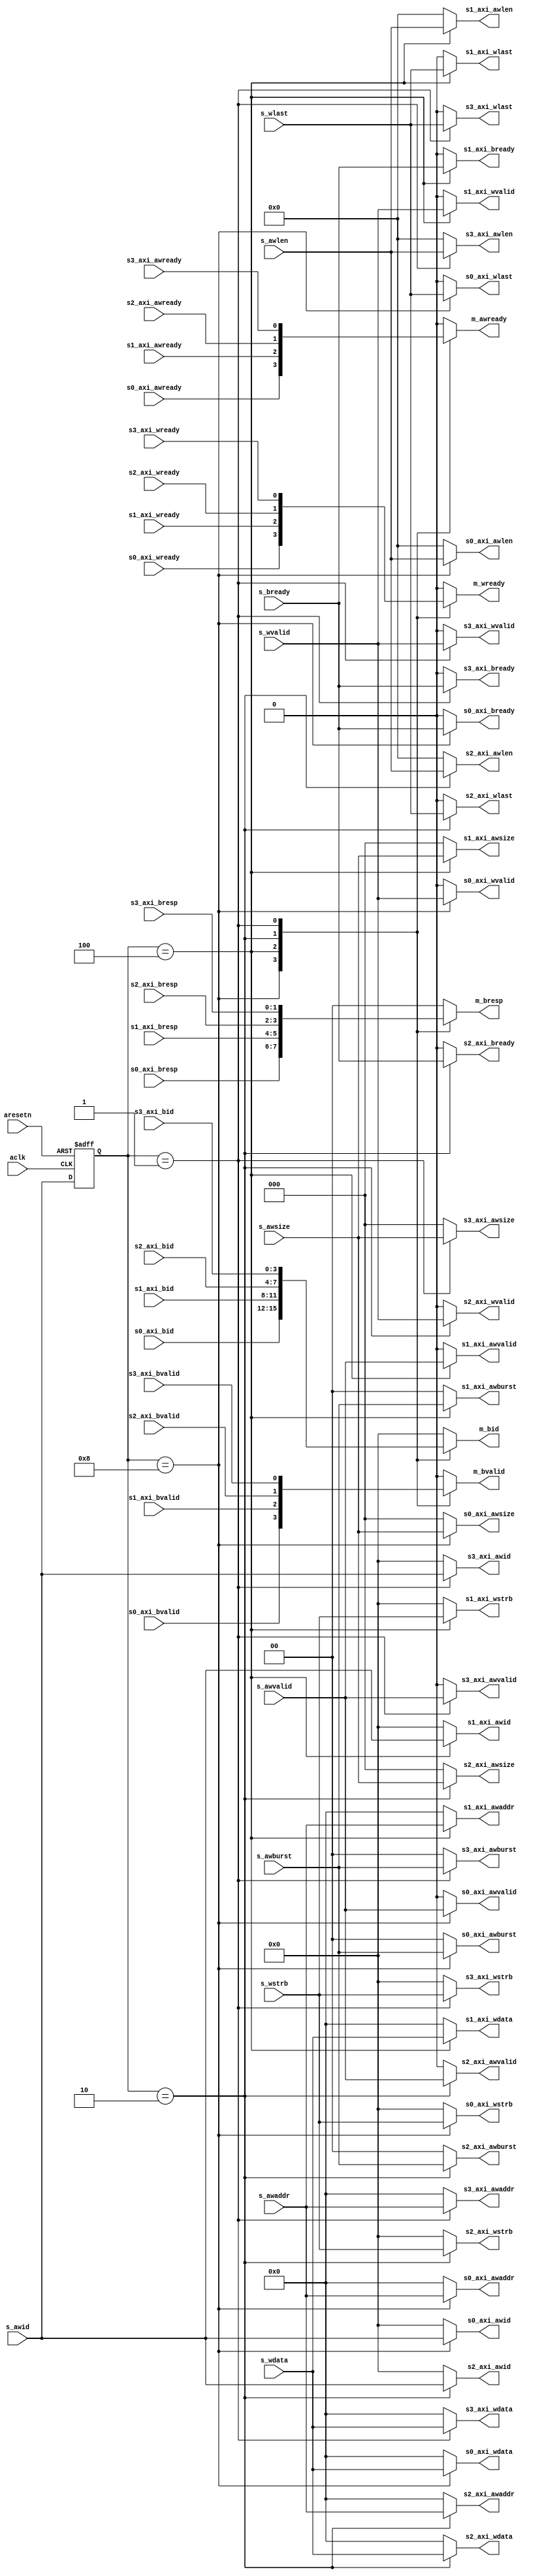
module Slave_Mux_W (
    //----- Global -----//
    input         aclk          ,
    input         aresetn       ,
    //----- Slave 0 -----//
    // Write adress
    output [3:0]  s0_axi_awid   ,
    output [31:0] s0_axi_awaddr ,
    output [7:0]  s0_axi_awlen  ,
    output [2:0]  s0_axi_awsize ,
    output [1:0]  s0_axi_awburst,
    output        s0_axi_awvalid,
    input         s0_axi_awready,
    // Write data
    output [31:0] s0_axi_wdata  ,
    output [3:0]  s0_axi_wstrb  ,
    output        s0_axi_wlast  ,
    output        s0_axi_wvalid ,
    input         s0_axi_wready ,
    // Write response
    input  [3:0]  s0_axi_bid    ,
    input  [1:0]  s0_axi_bresp  ,
    input         s0_axi_bvalid ,
    output        s0_axi_bready ,
    //----- Slave 1 -----//
    // Write adress
    output [3:0]  s1_axi_awid   ,
    output [31:0] s1_axi_awaddr ,
    output [7:0]  s1_axi_awlen  ,
    output [2:0]  s1_axi_awsize ,
    output [1:0]  s1_axi_awburst,
    output        s1_axi_awvalid,
    input         s1_axi_awready,
    // Write data
    output [31:0] s1_axi_wdata  ,
    output [3:0]  s1_axi_wstrb  ,
    output        s1_axi_wlast  ,
    output        s1_axi_wvalid ,
    input         s1_axi_wready ,
    // Write response
    input  [3:0]  s1_axi_bid    ,
    input  [1:0]  s1_axi_bresp  ,
    input         s1_axi_bvalid ,
    output        s1_axi_bready ,
    //----- Slave 2 -----//
    // Write adress
    output [3:0]  s2_axi_awid   ,
    output [31:0] s2_axi_awaddr ,
    output [7:0]  s2_axi_awlen  ,
    output [2:0]  s2_axi_awsize ,
    output [1:0]  s2_axi_awburst,
    output        s2_axi_awvalid,
    input         s2_axi_awready,
    // Write data
    output [31:0] s2_axi_wdata  ,
    output [3:0]  s2_axi_wstrb  ,
    output        s2_axi_wlast  ,
    output        s2_axi_wvalid ,
    input         s2_axi_wready ,
    // Write response
    input  [3:0]  s2_axi_bid    ,
    input  [1:0]  s2_axi_bresp  ,
    input         s2_axi_bvalid ,
    output        s2_axi_bready ,
    //----- Slave 3 -----//
    // Write adress
    output [3:0]  s3_axi_awid   ,
    output [31:0] s3_axi_awaddr ,
    output [7:0]  s3_axi_awlen  ,
    output [2:0]  s3_axi_awsize ,
    output [1:0]  s3_axi_awburst,
    output        s3_axi_awvalid,
    input         s3_axi_awready,
    // Write data
    output [31:0] s3_axi_wdata  ,
    output [3:0]  s3_axi_wstrb  ,
    output        s3_axi_wlast  ,
    output        s3_axi_wvalid ,
    input         s3_axi_wready ,
    // Write response
    input  [3:0]  s3_axi_bid    ,
    input  [1:0]  s3_axi_bresp  ,
    input         s3_axi_bvalid ,
    output        s3_axi_bready ,
    //----- Master general -----//
    // Write adress
    output        m_awready     ,
    // Write data
    output        m_wready      ,
    // Write response
    output [3:0]  m_bid         ,
    output [1:0]  m_bresp       ,
    output        m_bvalid      ,
    //----- Slave general -----//
    // Write adress
    input  [3:0]  s_awid        ,
    input  [31:0] s_awaddr      ,
    input  [7:0]  s_awlen       ,
    input  [2:0]  s_awsize      ,
    input  [1:0]  s_awburst     ,
    input         s_awvalid     ,
    // Write data
    input  [31:0] s_wdata       ,
    input  [3:0]  s_wstrb       ,
    input         s_wlast       ,
    input         s_wvalid      ,
    // Write response
    input         s_bready      
);
//----- ID register -----//
reg [3:0] s_awid_r;
always @(posedge aclk or negedge aresetn) begin
    if (!aresetn)
        s_awid_r = 4'b0000;
    else
        s_awid_r = s_awid;
end
//----- Other signals -----//
reg       m_awready_r;
reg       m_wready_r ;
reg [3:0] m_bid_r    ;
reg [1:0] m_bresp_r  ;
reg       m_bvalid_r ;
always @(*) begin
    case (s_awid_r)
        4'b1000 : begin
            m_awready_r = s0_axi_awready;
            m_wready_r  = s0_axi_wready ;
            m_bid_r     = s0_axi_bid    ;
            m_bresp_r   = s0_axi_bresp  ;
            m_bvalid_r  = s0_axi_bvalid ;
        end
        4'b0100 : begin
            m_awready_r = s1_axi_awready;
            m_wready_r  = s1_axi_wready ;
            m_bid_r     = s1_axi_bid    ;
            m_bresp_r   = s1_axi_bresp  ;
            m_bvalid_r  = s1_axi_bvalid ;
        end
        4'b0010 : begin
            m_awready_r = s2_axi_awready;
            m_wready_r  = s2_axi_wready ;
            m_bid_r     = s2_axi_bid    ;
            m_bresp_r   = s2_axi_bresp  ;
            m_bvalid_r  = s2_axi_bvalid ;
        end
        4'b0001 : begin
            m_awready_r = s3_axi_awready;
            m_wready_r  = s3_axi_wready ;
            m_bid_r     = s3_axi_bid    ;
            m_bresp_r   = s3_axi_bresp  ;
            m_bvalid_r  = s3_axi_bvalid ;
        end
        default : begin
            m_awready_r = 1'b0;
            m_wready_r  = 1'b0;
            m_bid_r     = 4'd0;
            m_bresp_r   = 2'd0;
            m_bvalid_r  = 1'b0;
        end
    endcase
end
assign m_awready = m_awready_r;
assign m_wready  = m_wready_r ;
assign m_bid     = m_bid_r    ;
assign m_bresp   = m_bresp_r  ;
assign m_bvalid  = m_bvalid_r ;
//----- AWID -----//
reg [3:0] s0_axi_awid_r;
reg [3:0] s1_axi_awid_r;
reg [3:0] s2_axi_awid_r;
reg [3:0] s3_axi_awid_r;
always @(*) begin
    case (s_awid_r)
        4'b1000 : begin
            s0_axi_awid_r = s_awid;
            s1_axi_awid_r = 4'd0;
            s2_axi_awid_r = 4'd0;
            s3_axi_awid_r = 4'd0;
        end
        4'b0100 : begin
            s0_axi_awid_r = 4'd0;
            s1_axi_awid_r = s_awid;
            s2_axi_awid_r = 4'd0;
            s3_axi_awid_r = 4'd0;
        end
        4'b0010 : begin
            s0_axi_awid_r = 4'd0;
            s1_axi_awid_r = 4'd0;
            s2_axi_awid_r = s_awid;
            s3_axi_awid_r = 4'd0;
        end
        4'b0001 : begin
            s0_axi_awid_r = 4'd0;
            s1_axi_awid_r = 4'd0;
            s2_axi_awid_r = 4'd0;
            s3_axi_awid_r = s_awid;
        end
        default : begin
            s0_axi_awid_r = 4'd0;
            s1_axi_awid_r = 4'd0;
            s2_axi_awid_r = 4'd0;
            s3_axi_awid_r = 4'd0;
        end
    endcase
end
assign s0_axi_awid = s0_axi_awid_r;
assign s1_axi_awid = s1_axi_awid_r;
assign s2_axi_awid = s2_axi_awid_r;
assign s3_axi_awid = s3_axi_awid_r;
//----- AWADDR -----//
reg [31:0] s0_axi_awaddr_r;
reg [31:0] s1_axi_awaddr_r;
reg [31:0] s2_axi_awaddr_r;
reg [31:0] s3_axi_awaddr_r;
always @(*) begin
    case (s_awid_r)
        4'b1000 : begin
            s0_axi_awaddr_r = s_awaddr;
            s1_axi_awaddr_r = 32'd0;
            s2_axi_awaddr_r = 32'd0;
            s3_axi_awaddr_r = 32'd0;
        end
        4'b0100 : begin
            s0_axi_awaddr_r = 32'd0;
            s1_axi_awaddr_r = s_awaddr;
            s2_axi_awaddr_r = 32'd0;
            s3_axi_awaddr_r = 32'd0;
        end
        4'b0010 : begin
            s0_axi_awaddr_r = 32'd0;
            s1_axi_awaddr_r = 32'd0;
            s2_axi_awaddr_r = s_awaddr;
            s3_axi_awaddr_r = 32'd0;
        end
        4'b0001 : begin
            s0_axi_awaddr_r = 32'd0;
            s1_axi_awaddr_r = 32'd0;
            s2_axi_awaddr_r = 32'd0;
            s3_axi_awaddr_r = s_awaddr;
        end
        default : begin
            s0_axi_awaddr_r = 32'd0;
            s1_axi_awaddr_r = 32'd0;
            s2_axi_awaddr_r = 32'd0;
            s3_axi_awaddr_r = 32'd0;
        end
    endcase
end
assign s0_axi_awaddr = s0_axi_awaddr_r;
assign s1_axi_awaddr = s1_axi_awaddr_r;
assign s2_axi_awaddr = s2_axi_awaddr_r;
assign s3_axi_awaddr = s3_axi_awaddr_r;
//----- AWLEN -----//
reg [7:0] s0_axi_awlen_r;
reg [7:0] s1_axi_awlen_r;
reg [7:0] s2_axi_awlen_r;
reg [7:0] s3_axi_awlen_r;
always @(*) begin
    case (s_awid_r)
        4'b1000 : begin
            s0_axi_awlen_r = s_awlen;
            s1_axi_awlen_r = 8'd0;
            s2_axi_awlen_r = 8'd0;
            s3_axi_awlen_r = 8'd0;
        end
        4'b0100 : begin
            s0_axi_awlen_r = 8'd0;
            s1_axi_awlen_r = s_awlen;
            s2_axi_awlen_r = 8'd0;
            s3_axi_awlen_r = 8'd0;
        end
        4'b0010 : begin
            s0_axi_awlen_r = 8'd0;
            s1_axi_awlen_r = 8'd0;
            s2_axi_awlen_r = s_awlen;
            s3_axi_awlen_r = 8'd0;
        end
        4'b0001 : begin
            s0_axi_awlen_r = 8'd0;
            s1_axi_awlen_r = 8'd0;
            s2_axi_awlen_r = 8'd0;
            s3_axi_awlen_r = s_awlen;
        end
        default : begin
            s0_axi_awlen_r = 8'd0;
            s1_axi_awlen_r = 8'd0;
            s2_axi_awlen_r = 8'd0;
            s3_axi_awlen_r = 8'd0;
        end
    endcase
end
assign s0_axi_awlen = s0_axi_awlen_r;
assign s1_axi_awlen = s1_axi_awlen_r;
assign s2_axi_awlen = s2_axi_awlen_r;
assign s3_axi_awlen = s3_axi_awlen_r;
//----- AWSIZE -----//
reg [2:0] s0_axi_awsize_r;
reg [2:0] s1_axi_awsize_r;
reg [2:0] s2_axi_awsize_r;
reg [2:0] s3_axi_awsize_r;
always @(*) begin
    case (s_awid_r)
        4'b1000 : begin
            s0_axi_awsize_r = s_awsize;
            s1_axi_awsize_r = 3'd0;
            s2_axi_awsize_r = 3'd0;
            s3_axi_awsize_r = 3'd0;
        end
        4'b0100 : begin
            s0_axi_awsize_r = 3'd0;
            s1_axi_awsize_r = s_awsize;
            s2_axi_awsize_r = 3'd0;
            s3_axi_awsize_r = 3'd0;
        end
        4'b0010 : begin
            s0_axi_awsize_r = 3'd0;
            s1_axi_awsize_r = 3'd0;
            s2_axi_awsize_r = s_awsize;
            s3_axi_awsize_r = 3'd0;
        end
        4'b0001 : begin
            s0_axi_awsize_r = 3'd0;
            s1_axi_awsize_r = 3'd0;
            s2_axi_awsize_r = 3'd0;
            s3_axi_awsize_r = s_awsize;
        end
        default : begin
            s0_axi_awsize_r = 3'd0;
            s1_axi_awsize_r = 3'd0;
            s2_axi_awsize_r = 3'd0;
            s3_axi_awsize_r = 3'd0;
        end
    endcase
end
assign s0_axi_awsize = s0_axi_awsize_r;
assign s1_axi_awsize = s1_axi_awsize_r;
assign s2_axi_awsize = s2_axi_awsize_r;
assign s3_axi_awsize = s3_axi_awsize_r;
//----- AWBURST -----//
reg [1:0] s0_axi_awburst_r;
reg [1:0] s1_axi_awburst_r;
reg [1:0] s2_axi_awburst_r;
reg [1:0] s3_axi_awburst_r;
always @(*) begin
    case (s_awid_r)
        4'b1000 : begin
            s0_axi_awburst_r = s_awburst;
            s1_axi_awburst_r = 2'd0;
            s2_axi_awburst_r = 2'd0;
            s3_axi_awburst_r = 2'd0;
        end
        4'b0100 : begin
            s0_axi_awburst_r = 2'd0;
            s1_axi_awburst_r = s_awburst;
            s2_axi_awburst_r = 2'd0;
            s3_axi_awburst_r = 2'd0;
        end
        4'b0010 : begin
            s0_axi_awburst_r = 2'd0;
            s1_axi_awburst_r = 2'd0;
            s2_axi_awburst_r = s_awburst;
            s3_axi_awburst_r = 2'd0;
        end
        4'b0001 : begin
            s0_axi_awburst_r = 2'd0;
            s1_axi_awburst_r = 2'd0;
            s2_axi_awburst_r = 2'd0;
            s3_axi_awburst_r = s_awburst;
        end
        default : begin
            s0_axi_awburst_r = 2'd0;
            s1_axi_awburst_r = 2'd0;
            s2_axi_awburst_r = 2'd0;
            s3_axi_awburst_r = 2'd0;
        end
    endcase
end
assign s0_axi_awburst = s0_axi_awburst_r;
assign s1_axi_awburst = s1_axi_awburst_r;
assign s2_axi_awburst = s2_axi_awburst_r;
assign s3_axi_awburst = s3_axi_awburst_r;
//----- AWVALID -----//
reg s0_axi_awvalid_r;
reg s1_axi_awvalid_r;
reg s2_axi_awvalid_r;
reg s3_axi_awvalid_r;
always @(*) begin
    case (s_awid_r)
        4'b1000 : begin
            s0_axi_awvalid_r = s_awvalid;
            s1_axi_awvalid_r = 1'b0;
            s2_axi_awvalid_r = 1'b0;
            s3_axi_awvalid_r = 1'b0;
        end
        4'b0100 : begin
            s0_axi_awvalid_r = 1'b0;
            s1_axi_awvalid_r = s_awvalid;
            s2_axi_awvalid_r = 1'b0;
            s3_axi_awvalid_r = 1'b0;
        end
        4'b0010 : begin
            s0_axi_awvalid_r = 1'b0;
            s1_axi_awvalid_r = 1'b0;
            s2_axi_awvalid_r = s_awvalid;
            s3_axi_awvalid_r = 1'b0;
        end
        4'b0001 : begin
            s0_axi_awvalid_r = 1'b0;
            s1_axi_awvalid_r = 1'b0;
            s2_axi_awvalid_r = 1'b0;
            s3_axi_awvalid_r = s_awvalid;
        end
        default : begin
            s0_axi_awvalid_r = 1'b0;
            s1_axi_awvalid_r = 1'b0;
            s2_axi_awvalid_r = 1'b0;
            s3_axi_awvalid_r = 1'b0;
        end
    endcase
end
assign s0_axi_awvalid = s0_axi_awvalid_r;
assign s1_axi_awvalid = s1_axi_awvalid_r;
assign s2_axi_awvalid = s2_axi_awvalid_r;
assign s3_axi_awvalid = s3_axi_awvalid_r;
//----- WDATA -----//
reg [31:0] s0_axi_wdata_r;
reg [31:0] s1_axi_wdata_r;
reg [31:0] s2_axi_wdata_r;
reg [31:0] s3_axi_wdata_r;
always @(*) begin
    case (s_awid_r)
        4'b1000 : begin
            s0_axi_wdata_r = s_wdata;
            s1_axi_wdata_r = 32'd0;
            s2_axi_wdata_r = 32'd0;
            s3_axi_wdata_r = 32'd0;
        end
        4'b0100 : begin
            s0_axi_wdata_r = 32'd0;
            s1_axi_wdata_r = s_wdata;
            s2_axi_wdata_r = 32'd0;
            s3_axi_wdata_r = 32'd0;
        end
        4'b0010 : begin
            s0_axi_wdata_r = 32'd0;
            s1_axi_wdata_r = 32'd0;
            s2_axi_wdata_r = s_wdata;
            s3_axi_wdata_r = 32'd0;
        end
        4'b0001 : begin
            s0_axi_wdata_r = 32'd0;
            s1_axi_wdata_r = 32'd0;
            s2_axi_wdata_r = 32'd0;
            s3_axi_wdata_r = s_wdata;
        end
        default : begin
            s0_axi_wdata_r = 32'd0;
            s1_axi_wdata_r = 32'd0;
            s2_axi_wdata_r = 32'd0;
            s3_axi_wdata_r = 32'd0;
        end
    endcase
end
assign s0_axi_wdata = s0_axi_wdata_r;
assign s1_axi_wdata = s1_axi_wdata_r;
assign s2_axi_wdata = s2_axi_wdata_r;
assign s3_axi_wdata = s3_axi_wdata_r;
//----- WSTRB -----//
reg [3:0] s0_axi_wstrb_r;
reg [3:0] s1_axi_wstrb_r;
reg [3:0] s2_axi_wstrb_r;
reg [3:0] s3_axi_wstrb_r;
always @(*) begin
    case (s_awid_r)
        4'b1000 : begin
            s0_axi_wstrb_r = s_wstrb;
            s1_axi_wstrb_r = 4'd0;
            s2_axi_wstrb_r = 4'd0;
            s3_axi_wstrb_r = 4'd0;
        end
        4'b0100 : begin
            s0_axi_wstrb_r = 4'd0;
            s1_axi_wstrb_r = s_wstrb;
            s2_axi_wstrb_r = 4'd0;
            s3_axi_wstrb_r = 4'd0;
        end
        4'b0010 : begin
            s0_axi_wstrb_r = 4'd0;
            s1_axi_wstrb_r = 4'd0;
            s2_axi_wstrb_r = s_wstrb;
            s3_axi_wstrb_r = 4'd0;
        end
        4'b0001 : begin
            s0_axi_wstrb_r = 4'd0;
            s1_axi_wstrb_r = 4'd0;
            s2_axi_wstrb_r = 4'd0;
            s3_axi_wstrb_r = s_wstrb;
        end
        default : begin
            s0_axi_wstrb_r = 4'd0;
            s1_axi_wstrb_r = 4'd0;
            s2_axi_wstrb_r = 4'd0;
            s3_axi_wstrb_r = 4'd0;
        end
    endcase
end
assign s0_axi_wstrb = s0_axi_wstrb_r;
assign s1_axi_wstrb = s1_axi_wstrb_r;
assign s2_axi_wstrb = s2_axi_wstrb_r;
assign s3_axi_wstrb = s3_axi_wstrb_r;
//----- WLAST -----//
reg s0_axi_wlast_r;
reg s1_axi_wlast_r;
reg s2_axi_wlast_r;
reg s3_axi_wlast_r;
always @(*) begin
    case (s_awid_r)
        4'b1000 : begin
            s0_axi_wlast_r = s_wlast;
            s1_axi_wlast_r = 1'b0;
            s2_axi_wlast_r = 1'b0;
            s3_axi_wlast_r = 1'b0;
        end
        4'b0100 : begin
            s0_axi_wlast_r = 1'b0;
            s1_axi_wlast_r = s_wlast;
            s2_axi_wlast_r = 1'b0;
            s3_axi_wlast_r = 1'b0;
        end
        4'b0010 : begin
            s0_axi_wlast_r = 1'b0;
            s1_axi_wlast_r = 1'b0;
            s2_axi_wlast_r = s_wlast;
            s3_axi_wlast_r = 1'b0;
        end
        4'b0001 : begin
            s0_axi_wlast_r = 1'b0;
            s1_axi_wlast_r = 1'b0;
            s2_axi_wlast_r = 1'b0;
            s3_axi_wlast_r = s_wlast;
        end
        default : begin
            s0_axi_wlast_r = 1'b0;
            s1_axi_wlast_r = 1'b0;
            s2_axi_wlast_r = 1'b0;
            s3_axi_wlast_r = 1'b0;
        end
    endcase
end
assign s0_axi_wlast = s0_axi_wlast_r;
assign s1_axi_wlast = s1_axi_wlast_r;
assign s2_axi_wlast = s2_axi_wlast_r;
assign s3_axi_wlast = s3_axi_wlast_r;
//----- WVALID -----//
reg s0_axi_wvalid_r;
reg s1_axi_wvalid_r;
reg s2_axi_wvalid_r;
reg s3_axi_wvalid_r;
always @(*) begin
    case (s_awid_r)
        4'b1000 : begin
            s0_axi_wvalid_r = s_wvalid;
            s1_axi_wvalid_r = 1'b0;
            s2_axi_wvalid_r = 1'b0;
            s3_axi_wvalid_r = 1'b0;
        end
        4'b0100 : begin
            s0_axi_wvalid_r = 1'b0;
            s1_axi_wvalid_r = s_wvalid;
            s2_axi_wvalid_r = 1'b0;
            s3_axi_wvalid_r = 1'b0;
        end
        4'b0010 : begin
            s0_axi_wvalid_r = 1'b0;
            s1_axi_wvalid_r = 1'b0;
            s2_axi_wvalid_r = s_wvalid;
            s3_axi_wvalid_r = 1'b0;
        end
        4'b0001 : begin
            s0_axi_wvalid_r = 1'b0;
            s1_axi_wvalid_r = 1'b0;
            s2_axi_wvalid_r = 1'b0;
            s3_axi_wvalid_r = s_wvalid;
        end
        default : begin
            s0_axi_wvalid_r = 1'b0;
            s1_axi_wvalid_r = 1'b0;
            s2_axi_wvalid_r = 1'b0;
            s3_axi_wvalid_r = 1'b0;
        end
    endcase
end
assign s0_axi_wvalid = s0_axi_wvalid_r;
assign s1_axi_wvalid = s1_axi_wvalid_r;
assign s2_axi_wvalid = s2_axi_wvalid_r;
assign s3_axi_wvalid = s3_axi_wvalid_r;
//----- BREADY -----//
reg s0_axi_bready_r;
reg s1_axi_bready_r;
reg s2_axi_bready_r;
reg s3_axi_bready_r;
always @(*) begin
    case (s_awid_r)
        4'b1000 : begin
            s0_axi_bready_r = s_bready;
            s1_axi_bready_r = 1'b0;
            s2_axi_bready_r = 1'b0;
            s3_axi_bready_r = 1'b0;
        end
        4'b0100 : begin
            s0_axi_bready_r = 1'b0;
            s1_axi_bready_r = s_bready;
            s2_axi_bready_r = 1'b0;
            s3_axi_bready_r = 1'b0;
        end
        4'b0010 : begin
            s0_axi_bready_r = 1'b0;
            s1_axi_bready_r = 1'b0;
            s2_axi_bready_r = s_bready;
            s3_axi_bready_r = 1'b0;
        end
        4'b0001 : begin
            s0_axi_bready_r = 1'b0;
            s1_axi_bready_r = 1'b0;
            s2_axi_bready_r = 1'b0;
            s3_axi_bready_r = s_bready;
        end
        default : begin
            s0_axi_bready_r = 1'b0;
            s1_axi_bready_r = 1'b0;
            s2_axi_bready_r = 1'b0;
            s3_axi_bready_r = 1'b0;
        end
    endcase
end
assign s0_axi_bready = s0_axi_bready_r;
assign s1_axi_bready = s1_axi_bready_r;
assign s2_axi_bready = s2_axi_bready_r;
assign s3_axi_bready = s3_axi_bready_r;
endmodule